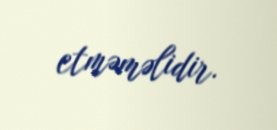
etməməlidir.